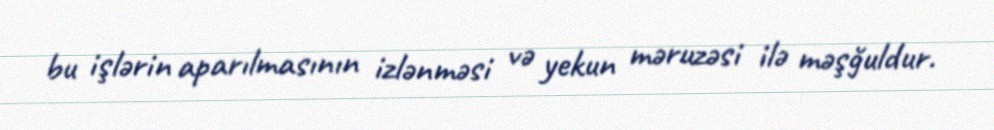
bu işlərin aparılmasının izlənməsi və yekun məruzəsi ilə məşğuldur.